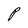
Character: P